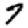
Digit: 7